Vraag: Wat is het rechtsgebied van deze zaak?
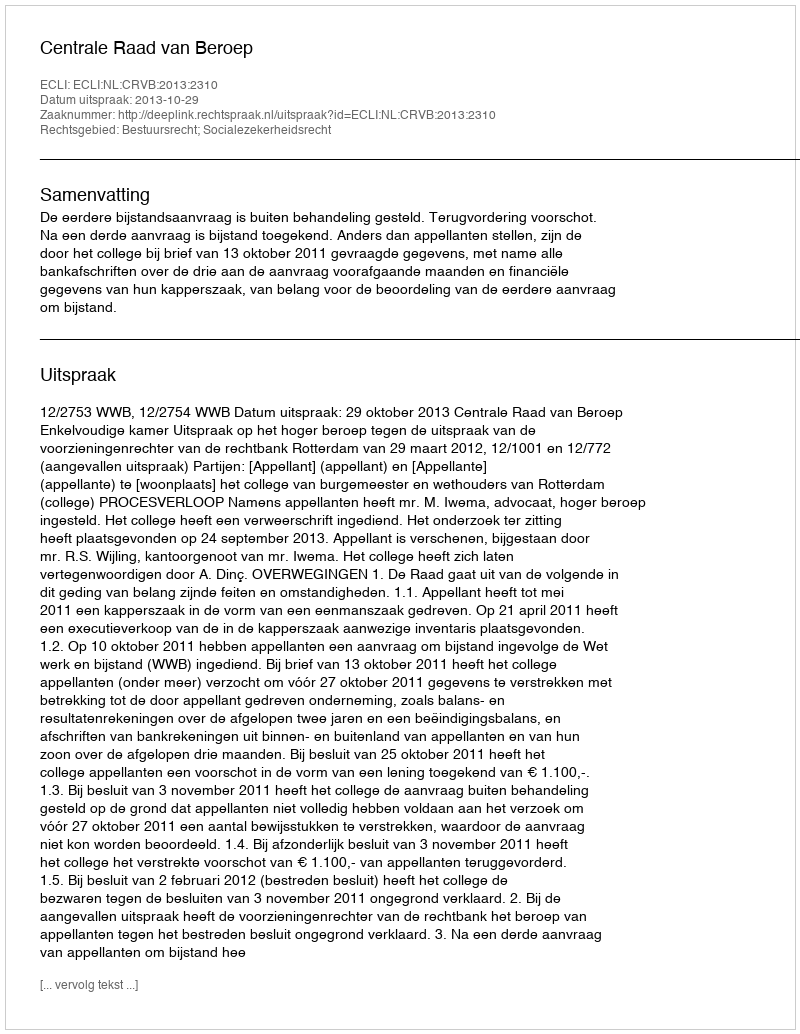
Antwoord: Bestuursrecht; Socialezekerheidsrecht